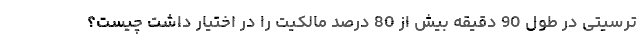
ترسیتی در طول 90 دقیقه بیش از 80 درصد مالکیت را در اختیار داشت چیست؟